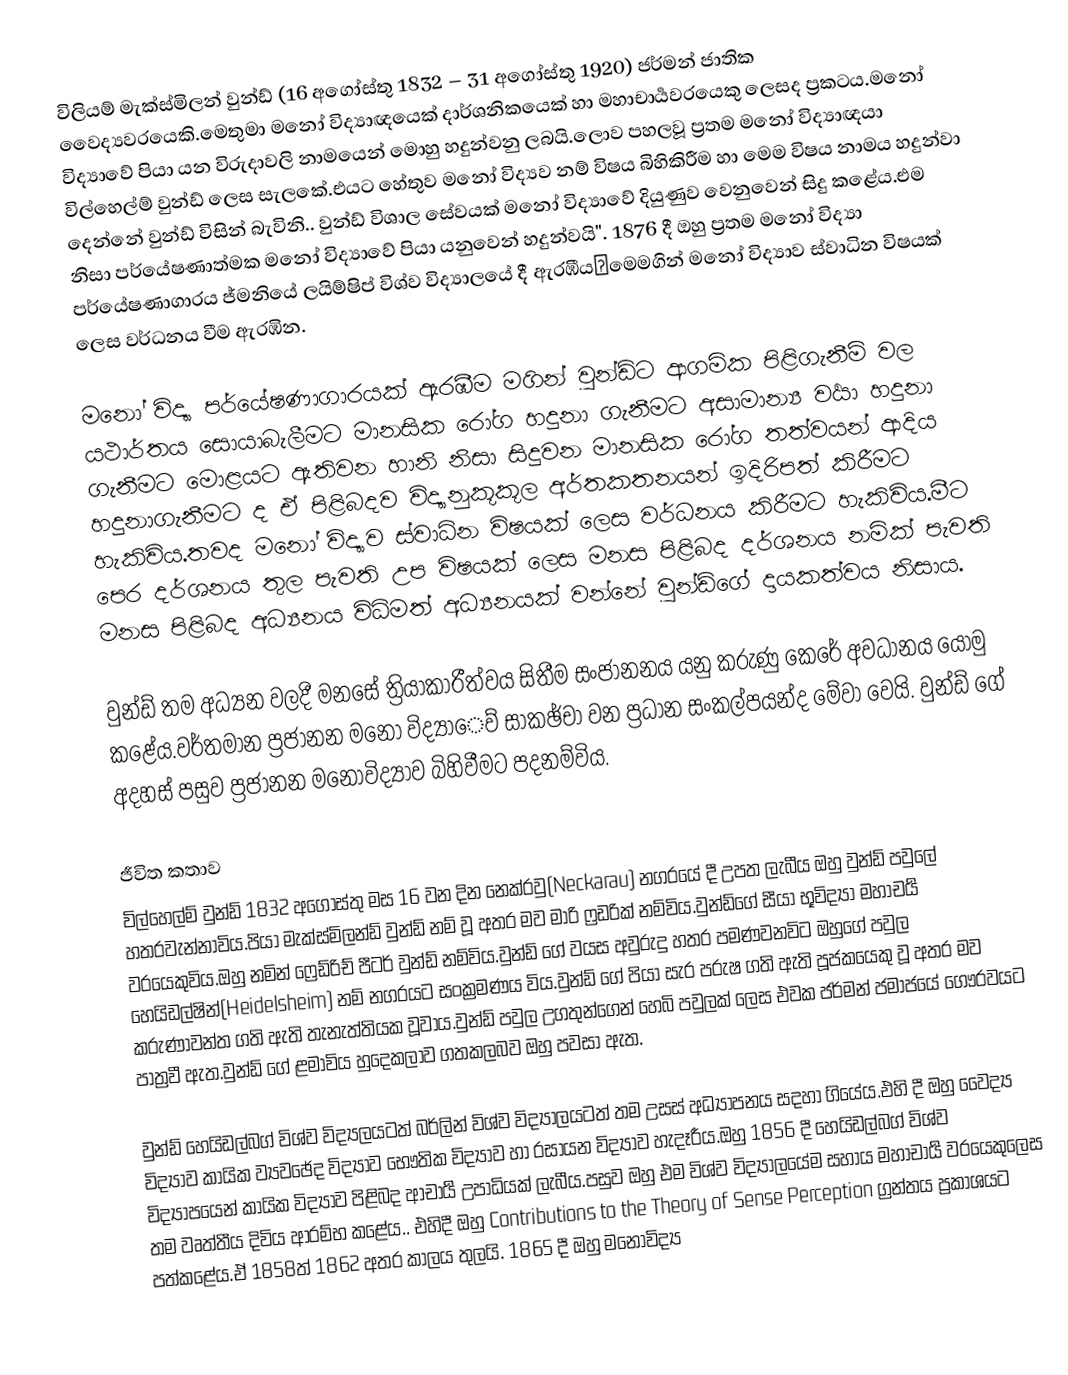
විලියම් මැක්ස්මිලන් වුන්ඩ් (16 අගෝස්තු 1832 – 31 අගෝස්තු 1920) ජර්මන් ජාතික වෛද්‍යවරයෙකි.මෙතුමා මනෝ විද්‍යාඥයෙක් දාර්ශනිකයෙක් හා මහාචාර්‍යවරයෙකු ලෙසද ප්‍රකටය.මනෝ විද්‍යාවේ පියා යන විරුදාවලි නාමයෙන් මොහු හදුන්වනු ලබයි.ලොව පහලවූ ප්‍රතම මනෝ විද්‍යාඥයා විල්හෙල්ම් වුන්ඩ් ලෙස සැලකේ.එයට හේතුව මනෝ විද්‍යව නම් විෂය බිහිකිරීම හා මෙම විෂය නාමය හදුන්වා දෙන්නේ වුන්ඩ් විසින් බැවිනි.. වුන්ඩ් විශාල සේවයක් මනෝ විද්‍යාවේ දියුණුව වෙනුවෙන් සිදු කළේය.එම නිසා පර්යේෂණාත්මක මනෝ විද්‍යාවේ පියා යනුවෙන් හදුන්වයි".  1876 දී ඔහු ප්‍රතම මනෝ විද්‍යා පර්යේෂණාගාරය ජ්මනියේ ලයිම්ෂිප් විශ්ව විද්‍යාලයේ දී ඇරඹීයˌමෙමගින් මනෝ විද්‍යාව ස්වාධින විෂයක් ලෙස වර්ධනය වීම ඇරඹින.

මනෝ විද්‍යා පර්යේෂණාගාරයක් ඇරඹීම මගින් වුන්ඩ්ට ආගමික පිළිගැනීම් වල යථාර්තය සොයාබැලීමට මානසික රෝග හදුනා ගැනීමට අසාමාන්‍ය වර්‍යා  හදුනා ගැනීමට මොළයට ඇතිවන හානි නිසා සිදුවන මානසික රෝග තත්වයන් ආදිය හදුනාගැනීමට ද ඒ පිළිබදව විද්‍යානුකූකූල අර්තකතනයන් ඉදිරිපත් කිරීමට හැකිවිය.තවද මනෝ විද්‍යාව ස්වාධින විෂයක් ලෙස වර්ධනය කිරීමට හැකිවිය.මීට පෙර දර්ශනය තුල පැවති උප විෂයක් ලෙස මනස පිළිබද දර්ශනය නමික් පැවති මනස පිළිබද අධ්‍යනය විධිමත් අධ්‍යනයක් වන්නේ වුන්ඩ්ගේ දායකත්වය නිසාය.

වුන්ඩ් තම අධ්‍යන වලදී මනසේ ත්‍රියාකාරීත්වය සිතීම සංජානනය යනු කරුණු කෙරේ අවධානය යොමු කළේය.වර්තමාන ප්‍රජානන මනෝ විද්‍යාෙව් සාකඡ්චා වන ප්‍රධාන සංකල්පයන්ද මේවා වෙයි. වුන්ඩ් ගේ අදහස් පසුව ප්‍රජානන මනෝවිද්‍යාව බිහිවීමට පදනම්විය.

ජීවිත කතාව
විල්හෙල්ම් වුන්ඩ් 1832 අගෝස්තු මස 16 වන දින නෙක්රවු(Neckarau) නගරයේ දී උපත ලැබීය ඔහු වුන්ඩ් පවුලේ හතරවැන්නාවිය.පියා මැක්ස්මිලන්ඩ් වුන්ඩ් නම් වූ අතර මව මාරි ෆ්‍රඩරික් නම්විය.වුන්ඩ්ගේ සීයා භූවිද්‍යා මහාචර්‍ය වරයෙකුවිය.ඔහු නමින් ෆ්‍රෙඩ්රිච් පීටර් වුන්ඩ් නම්විය.වුන්ඩ් ගේ වයස අවුරුදු හතර පමණවනවිට ඔහුගේ පවුල හෙයිඩල්ෂින්(Heidelsheim) නම් නගරයට සංක්‍රමණය විය.වුන්ඩ් ගේ පියා සැර පරුෂ ගති ඇති පූජකයෙකු වූ අතර මව කරුණාවන්ත ගති ඇති තැනැත්තියක වූවාය.වුන්ඩ් පවුල උගතුන්ගෙන් හෙබි පවුලක් ලෙස එවක ජර්මන් ජමාජයේ ගෞරවයට පාත්‍රවී ඇත.වුන්ඩ් ගේ ළමාවිය හුදෙකලාව ගතකලබව ඔහු පවසා ඇත.

වුන්ඩ් හෙයිඩල්බග් විශ්ව විද්‍යලයටත් බර්ලින් විශ්ව විද්‍යාලයටත් තම උසස් අධ්‍යාපනය සදහා ගියේය.එහි දී  ඔහු වෛද්‍ය විද්‍යාව කායික ව්‍යවඡේද විද්‍යාව භෞතික විද්‍යාව හා රසායන විද්‍යාව හැදෑරීය.ඔහු 1856 දී හෙයිඩල්බග් විශ්ව විද්‍යාපයෙන් කායික විද්‍යාව පිළිබද ආචාර්‍ය උපාධියක් ලැබීය.පසුව ඔහු එම විශ්ව විද්‍යාලයේම සහාය මහාචාර්‍ය වරයෙකුලෙස තම වෘත්තීය දිවිය ආරම්භ කළේය.. එහිදී ඔහු Contributions to the Theory of Sense Perception   ග්‍රන්තය ප්‍රකාශයට පත්කළේය.ඒ 1858ත් 1862 අතර කාලය තුලයි. 1865 දී ඔහු මනොවිද්‍ය